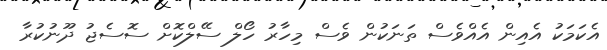
އެކަމަކު އެއިން އެއްވެސް ތަނަކުން ވެސް މިހާރު ހޯލް ސޭލްކޮށް ސޮސެޖު ދޫނުކުރާ